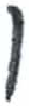
אות: ו